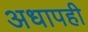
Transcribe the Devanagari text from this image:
अधापही